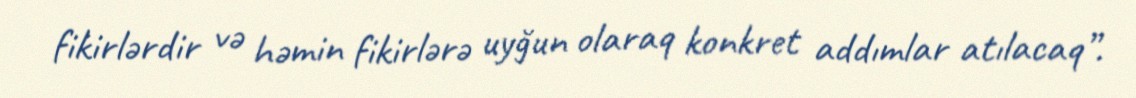
fikirlərdir və həmin fikirlərə uyğun olaraq konkret addımlar atılacaq”.